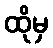
ထိုမှ